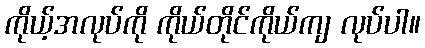
ကိုယ့်အလုပ်ကို ကိုယ်တိုင်ကိုယ်ကျ လုပ်ပါ။